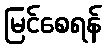
မြင်စေရန်